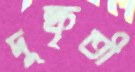
দুষ্কৃতী